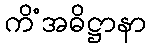
ကိံအဓိဋ္ဌာနာ